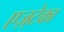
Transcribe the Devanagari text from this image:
एज़्टेका